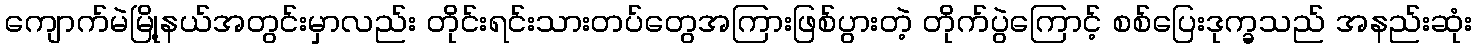
ကျောက်မဲမြို့နယ်အတွင်းမှာလည်း တိုင်းရင်းသားတပ်တွေအကြားဖြစ်ပွားတဲ့ တိုက်ပွဲကြောင့် စစ်ပြေးဒုက္ခသည် အနည်းဆုံး